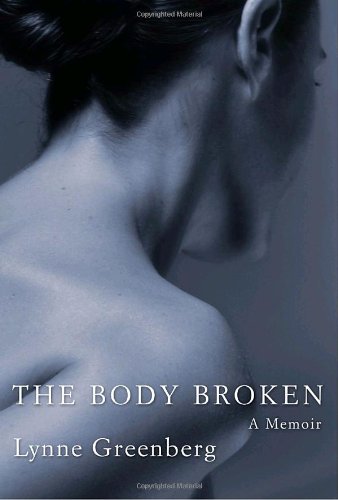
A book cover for The Body Broken: A Memoir; Lynne Greenberg; Health, Fitness & Dieting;